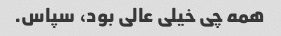
همه چی خیلی عالی بود، سپاس.